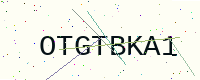
Text: OTGTBKA1